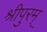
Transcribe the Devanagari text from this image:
श्रीपुरम्